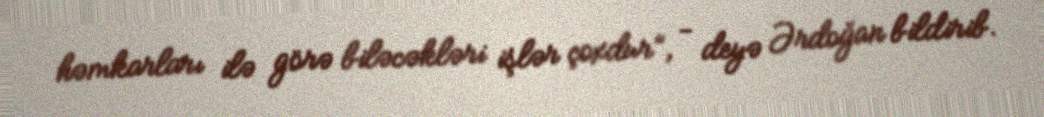
həmkarları ilə görə biləcəkləri işlər çoxdur”, - deyə Ərdoğan bildirib.